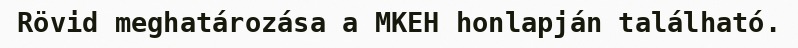
Rövid meghatározása a MKEH honlapján található.